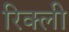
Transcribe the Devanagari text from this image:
रिक्ली